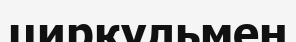
циркульмен